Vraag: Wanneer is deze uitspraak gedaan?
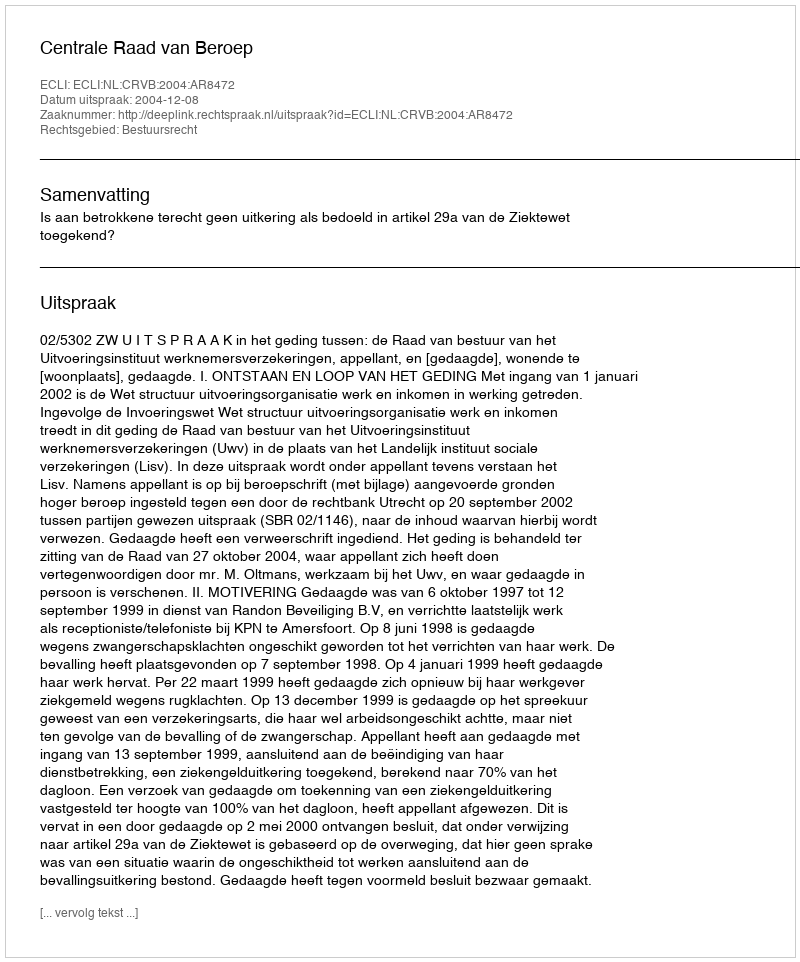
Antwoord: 2004-12-08